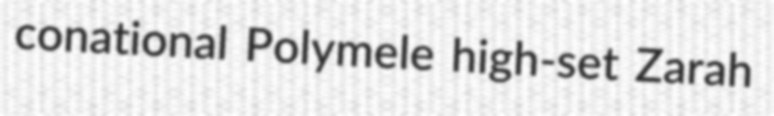
conational Polymele high-set Zarah